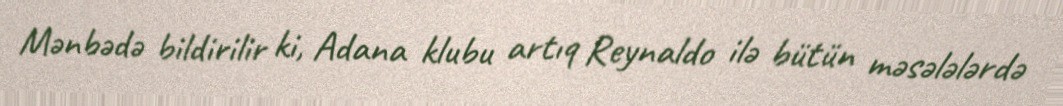
Mənbədə bildirilir ki, Adana klubu artıq Reynaldo ilə bütün məsələlərdə